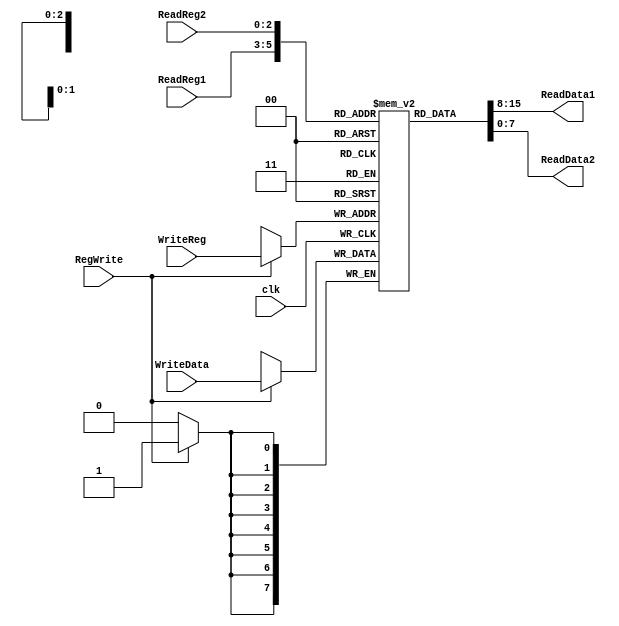
module RegisterFile(input [2:0] ReadReg1, ReadReg2, WriteReg, input [7:0] WriteData, input clk, RegWrite,
  output [7:0] ReadData1, ReadData2);

	reg [7:0] Memory [0:7];
	initial Memory[0] <= 0;

	assign ReadData1 = Memory[ReadReg1];
	assign ReadData2 = Memory[ReadReg2];

	always @(posedge clk)
		if (RegWrite == 1)
			Memory[WriteReg] = WriteData;
endmodule